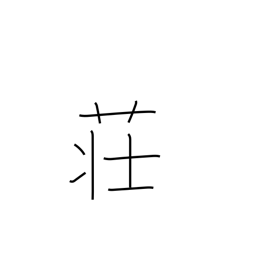
Meaning: inn